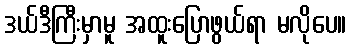
ဒယ်ဒီကြီးမှာမူ အထူးပြောဖွယ်ရာ မလိုပေ။